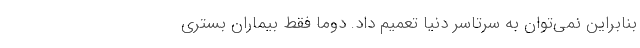
بنابراین نمی‌توان به سرتاسر دنیا تعمیم داد. دوماً فقط بیماران بستری